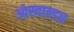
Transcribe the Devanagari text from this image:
ओस्वाल्डच